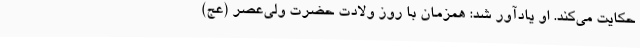
حکایت می‌کند. او یادآور شد: همزمان با روز ولادت حضرت ولی‌عصر (عج)